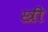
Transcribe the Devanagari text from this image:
स्त्रीं